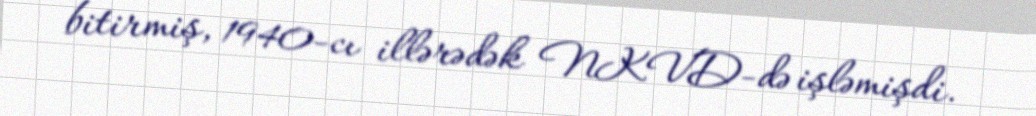
bitirmiş, 1940-cı illərədək NKVD-də işləmişdi.